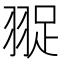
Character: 䎌